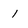
Character: 1